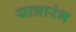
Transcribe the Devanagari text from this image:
यात्रारंभ